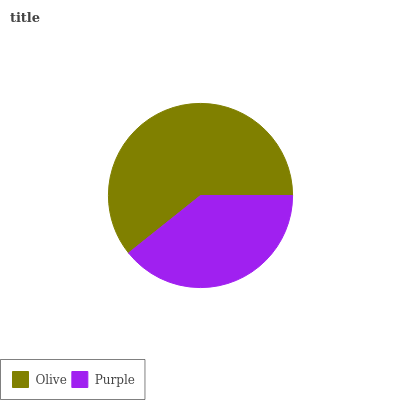
| Olive | Purple |
 | --- | --- |
 | 60.7% | 39.3% |